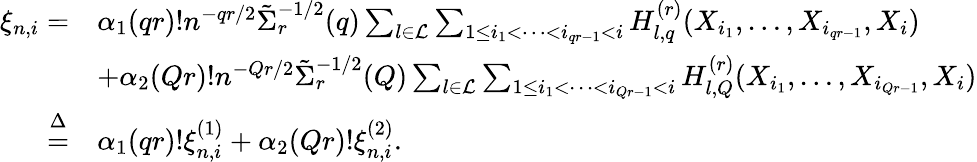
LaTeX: \begin{array}{rl}{\xi_{n,i}=}&{\alpha_{1}(qr)!n^{-qr/2}\tilde{\Sigma}_{r}^{-1/2}(q)\sum_{l\in\mathcal{L}}\sum_{1\le i_{1}<\cdots<i_{qr-1}<i}H_{l,q}^{(r)}(X_{i_{1}},\ldots,X_{i_{qr-1}},X_{i})}\\ &{+\alpha_{2}(Qr)!n^{-Qr/2}\tilde{\Sigma}_{r}^{-1/2}(Q)\sum_{l\in\mathcal{L}}\sum_{1\le i_{1}<\cdots<i_{Qr-1}<i}H_{l,Q}^{(r)}(X_{i_{1}},\ldots,X_{i_{Qr-1}},X_{i})}\\ {\overset{\Delta}{=}}&{\alpha_{1}(qr)!\xi_{n,i}^{(1)}+\alpha_{2}(Qr)!\xi_{n,i}^{(2)}.}\end{array}